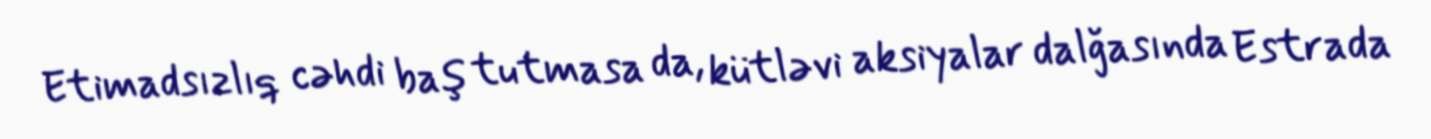
Etimadsızlıq cəhdi baş tutmasa da, kütləvi aksiyalar dalğasında Estrada